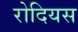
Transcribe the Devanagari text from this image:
रोदियस